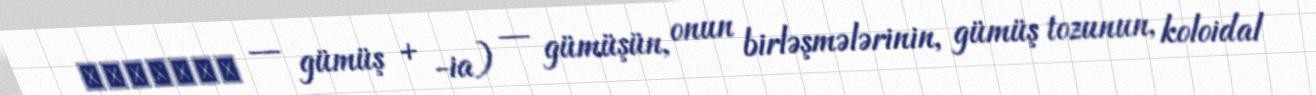
ἄργυρος — gümüş + -ia) — gümüşün, onun birləşmələrinin, gümüş tozunun, koloidal